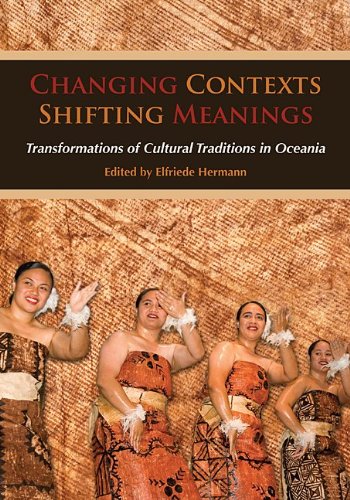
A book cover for Changing Contexts, Shifting Meanings: Transformations of Cultural Traditions in Oceania; History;